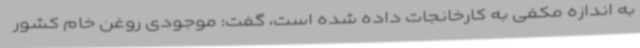
به اندازه مکفی به کارخانجات داده شده است، گفت: موجودی روغن خام کشور